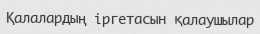
Қалалардың іргетасын қалаушылар